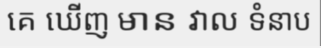
គេ ឃើញ មាន វាល ទំនាប